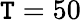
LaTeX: \mathtt{T}=50